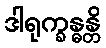
ဒါရုက္ခန္ဓန္တိ